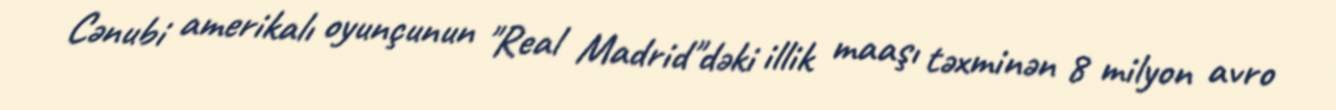
Cənubi amerikalı oyunçunun "Real Madrid"dəki illik maaşı təxminən 8 milyon avro